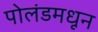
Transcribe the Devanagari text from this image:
पोलंडमधून